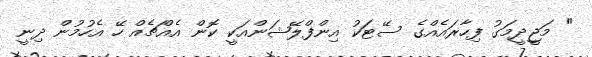
" މަޖީދީމަގު ފިހާރައެއްގެ ސޭޓަކު އިންފްލޭޝަންއަކީ ކޮން އެއްޗެއް ހޭ އެހުމުން ދިނީ